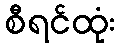
စီရင်ထုံး